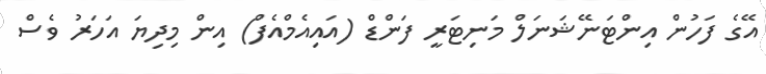
އޭގެ ފަހުން އިންޓަނޭޝަނަލް މަނިޓަރީ ފަންޑް (އައިއެމްއެފް) އިން މިދިޔަ އަހަރު ވެސް